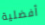
أفضلية